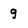
Character: 9